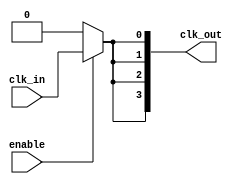
module low_power_clock_buffer #(
    parameter NUM_OUTPUTS = 4,       // Number of buffered outputs
    parameter DRIVE_STRENGTH = 1      // Configurable drive strength (1: low, 2: medium, 3: high)
)(
    input wire clk_in,                // Input clock signal
    input wire enable,                // Enable signal for the clock buffer
    output wire [NUM_OUTPUTS-1:0] clk_out // Buffered clock outputs
);

    // Internal signals for buffering
    wire clk_buf_stage1;
    wire clk_buf_stage2;

    // Buffer stage 1
    generate
        if (DRIVE_STRENGTH == 1) begin
            assign clk_buf_stage1 = enable ? clk_in : 1'b0; // Low drive strength
        end else if (DRIVE_STRENGTH == 2) begin
            assign clk_buf_stage1 = enable ? clk_in : 1'b0; // Medium drive strength
        end else if (DRIVE_STRENGTH == 3) begin
            assign clk_buf_stage1 = enable ? clk_in : 1'b0; // High drive strength
        end
    endgenerate

    // Buffer stage 2 - multi-stage buffering
    generate
        if (DRIVE_STRENGTH == 1) begin
            assign clk_buf_stage2 = clk_buf_stage1; // Low drive strength
        end else if (DRIVE_STRENGTH == 2) begin
            assign clk_buf_stage2 = clk_buf_stage1; // Medium drive strength
        end else if (DRIVE_STRENGTH == 3) begin
            assign clk_buf_stage2 = clk_buf_stage1; // High drive strength
        end
    endgenerate

    // Output clock signals
    genvar i;
    generate
        for (i = 0; i < NUM_OUTPUTS; i = i + 1) begin : output_generation
            assign clk_out[i] = clk_buf_stage2; // Drive the output clock
        end
    endgenerate

endmodule